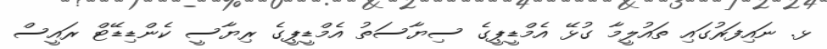
ޅ. ނައިފަރުގައި ތައުލީމާ ގުޅޭ އެމްޑީޕީގެ ސިޔާސަތު އެމްޑީޕީގެ ރިޔާސީ ކެންޑިޑޭޓް ރައީސް